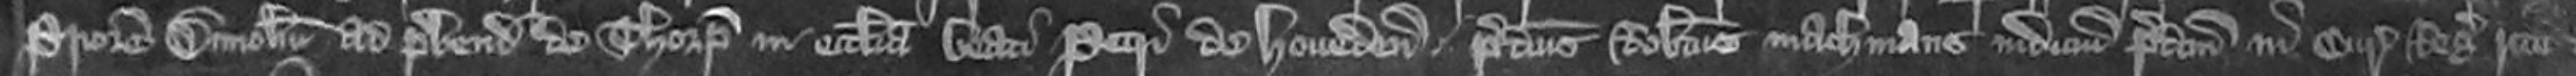
Priorem Dimolus ad prebendam de Thorp in ecclesia Beati Petri de Hoveden Predictus Robertus machmans iudicium predictum in Curie Regis rite